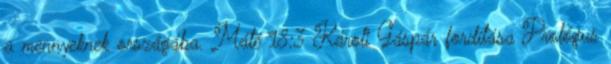
a mennyeknek országába. Máté 18:3 Károli Gáspár fordítása Prológus